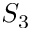
S _ { 3 }